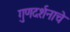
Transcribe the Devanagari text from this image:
गुणदर्शनाचे